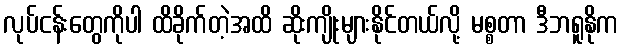
လုပ်ငန်းတွေကိုပါ ထိခိုက်တဲ့အထိ ဆိုးကျိုးများနိုင်တယ်လို့ မစ္စတာ ဒီဘရူနိုက